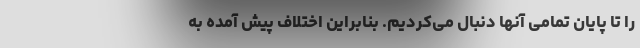
را تا پایان تمامی آنها دنبال می‌کردیم. بنابراین اختلاف پیش آمده به